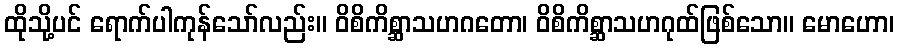
ထိုသို့ပင် ရောက်ပါကုန်သော်လည်း။ ဝိစိကိစ္ဆာသဟဂတော၊ ဝိစိကိစ္ဆာသဟဂုထ်ဖြစ်သော။ မောဟော၊